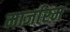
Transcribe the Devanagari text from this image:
मार्जारम